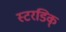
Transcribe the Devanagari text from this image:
स्टरडिक्